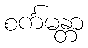
စင်္ကမန္တာ